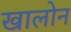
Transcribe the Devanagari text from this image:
खालोन